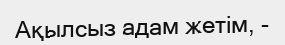
Ақылсыз адам жетім, -